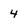
Character: 4